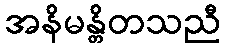
အနိမန္တိတသညီ